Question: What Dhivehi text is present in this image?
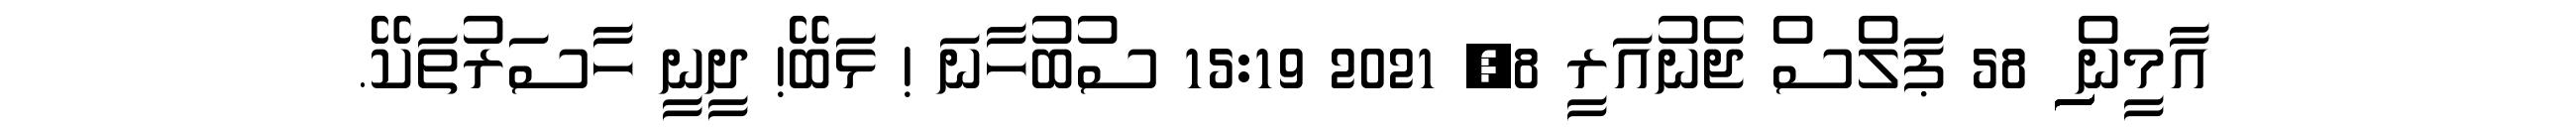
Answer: އާމީން ިިިިިިިިިިިިިިިިިިިިިިިިިިިިިިިިިިިިިިިިިިިިިިިިިިިިިިިިިިިި 58 ޕަލްސް ޖެނުއަރީ 8, 2021 15:19 ސުބުހާނަ ! ޅަބޭ! ދީނީ ހާސަރުތަކޭ.